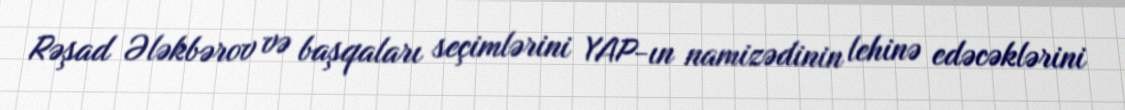
Rəşad Ələkbərov və başqaları seçimlərini YAP-ın namizədinin lehinə edəcəklərini